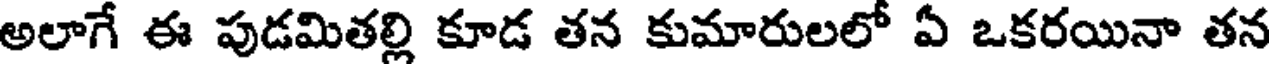
అలాగే ఈ పుడమితల్లి కూడ తన కుమారులలో ఏ ఒకరయినా తన